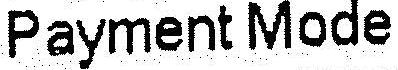
PAYMENT MODE